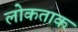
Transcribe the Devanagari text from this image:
लोकताक